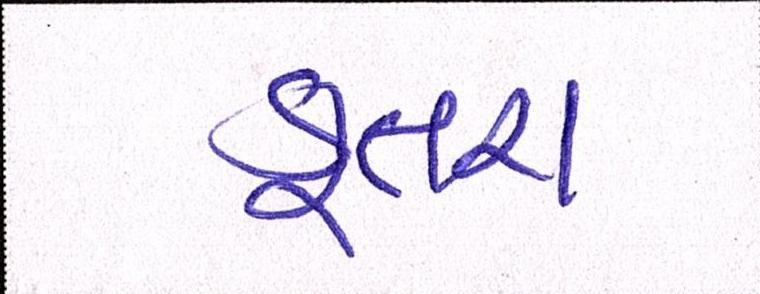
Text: કૂતરા